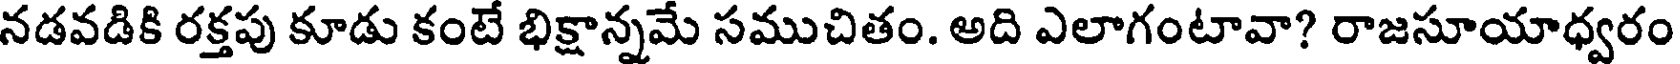
నడవడికి రక్తపు కూడు కంటే భిక్షాన్నమే సముచితం. అది ఎలాగంటావా? రాజసూయాధ్వరం